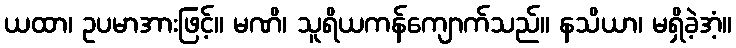
ယထာ၊ ဥပမာအားဖြင့်။ မဏိ၊ သူရိယကန်ကျောက်သည်။ နသိယာ၊ မရှိခဲ့အံ့။